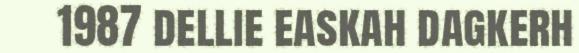
1987 dellie easkah dagkerh